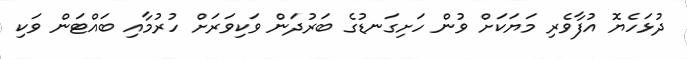
ދުޅަހެޔޮ އުފާވެރި މަޔަކަށް ވުން ހަށިގަނޑުގެ ބަރުދަން ވަކިވަރަށް ހުރުމާއި ބައްޓަން ވަކި